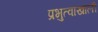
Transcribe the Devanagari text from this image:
प्रभुत्वाखाली